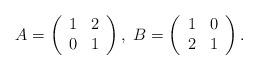
LaTeX: \begin{align*}A=\left(\begin{array}{cc}1 & 2\\0 & 1\end{array}\right),\ B=\left(\begin{array}{cc}1 & 0\\2 & 1\end{array}\right).\end{align*}